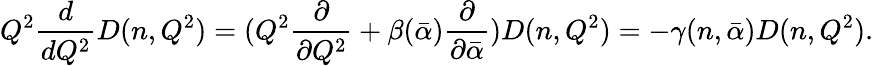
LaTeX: Q^{2}\frac{d}{dQ^{2}}D(n,Q^{2})=(Q^{2}\frac{\partial}{\partial Q^{2}}+\beta(\bar{\alpha})\frac{\partial}{\partial\bar{\alpha}})D(n,Q^{2})=-\gamma(n,\bar{\alpha})D(n,Q^{2}).